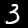
Label: 3